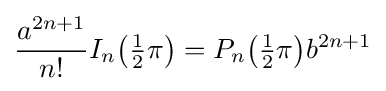
{\frac {a^{2n+1}}{n!}}I_{n}{\bigl (}{\tfrac {1}{2}}\pi {\bigr )}=P_{n}{\bigl (}{\tfrac {1}{2}}\pi {\bigr )}b^{2n+1}